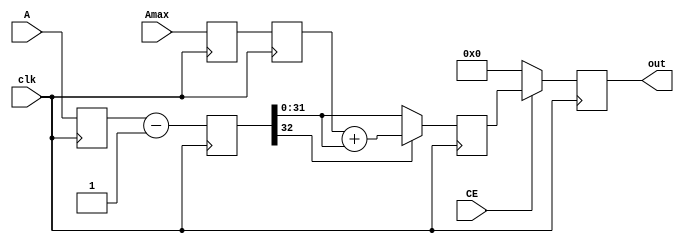
module ad_addsub_2 #(
  parameter   A_DATA_WIDTH = 32,
  parameter   B_DATA_VALUE = 32'h1,
  parameter   ADD_OR_SUB_N = 0) (
  input                   clk,
  input       [(A_DATA_WIDTH-1):0]  A,
  input       [(A_DATA_WIDTH-1):0]  Amax,
  output  reg [(A_DATA_WIDTH-1):0]  out,
  input                   CE);
  localparam  ADDER = 1;
  localparam  SUBSTRACTER = 0;
  reg     [A_DATA_WIDTH:0]       out_d = 'b0;
  reg     [A_DATA_WIDTH:0]       out_d2 = 'b0;
  reg     [(A_DATA_WIDTH-1):0]   A_d = 'b0;
  reg     [(A_DATA_WIDTH-1):0]   Amax_d = 'b0;
  reg     [(A_DATA_WIDTH-1):0]   Amax_d2 = 'b0;
  reg     [(A_DATA_WIDTH-1):0]   B_reg = B_DATA_VALUE;
  always @(posedge clk) begin
      A_d <= A;
      Amax_d <= Amax;
      Amax_d2 <= Amax_d;
  end
  always @(posedge clk) begin
    if ( ADD_OR_SUB_N == ADDER ) begin
      out_d <= A_d + B_reg;
    end else begin
      out_d <= A_d - B_reg;
    end
  end
  always @(posedge clk) begin
    if ( ADD_OR_SUB_N == ADDER ) begin
      if ( out_d > Amax_d2 ) begin
        out_d2 <= out_d - Amax_d2;
      end else begin
        out_d2 <= out_d;
      end
    end else begin 
      if ( out_d[A_DATA_WIDTH] == 1'b1 ) begin
        out_d2 <= Amax_d2 + out_d;
      end else begin
        out_d2 <= out_d;
      end
    end
  end
  always @(posedge clk) begin
    if ( CE ) begin
      out <= out_d2;
    end else begin
      out <= 'b0;
    end
  end
endmodule